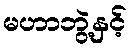
မဟာဘွဲ့နှင့်